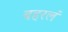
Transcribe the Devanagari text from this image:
बहरलं